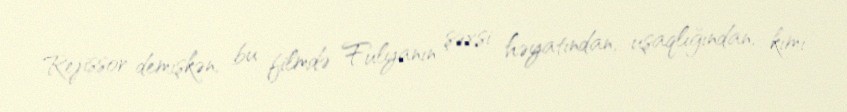
Rejissor demişkən, bu filmdə Fulyanın şəxsi həyatından, uşaqlığından, kimi